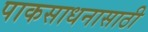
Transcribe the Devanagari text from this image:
पाकसाधनासाठी